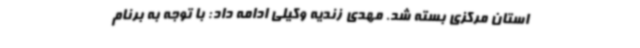
استان مرکزی بسته شد. مهدی زندیه وکیلی ادامه داد: با توجه به برنام